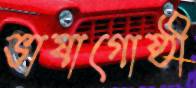
ভাষাগোষ্ঠী